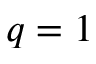
q = 1